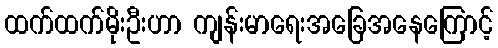
ထက်ထက်မိုးဦးဟာ ကျန်းမာရေးအခြေအနေကြောင့်